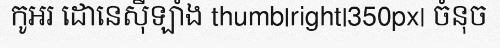
កូអរ ដោនេស៊ីឡាំង thumb|right|350px| ចំនុច